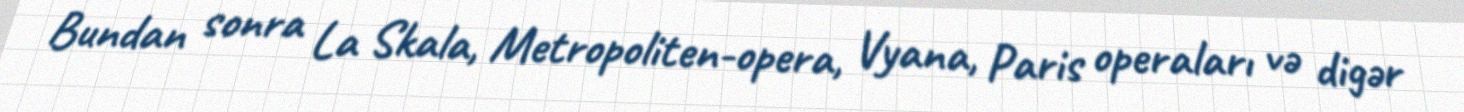
Bundan sonra La Skala, Metropoliten-opera, Vyana, Paris operaları və digər